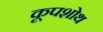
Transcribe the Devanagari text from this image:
कूपशोथ